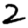
Digit: 2